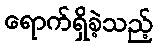
ရောက်ရှိခဲ့သည့်